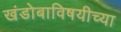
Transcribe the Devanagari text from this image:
खंडोबाविषयीच्या